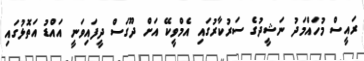
ރައީސް މުހައްމަދު ނަޝީދުގެ ސަރުކާރުގައި އެމްވީކޭ އަށް ދޫގަސް ދީފައިވަނީ އައްޑު އަތޮޅުގައި